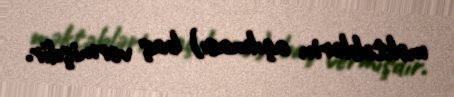
məktəblərin açılması) baş vermişdir.